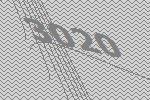
3020